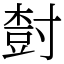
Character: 𡬾